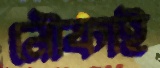
নৌকাই